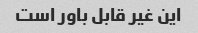
این غیر قابل باور است